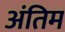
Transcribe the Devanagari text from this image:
अंतिम